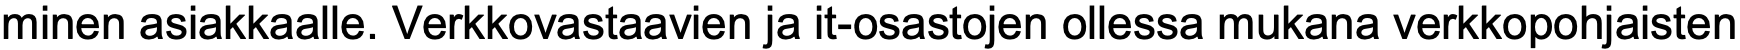
minen asiakkaalle. Verkkovastaavien ja it-osastojen ollessa mukana verkkopohjaisten